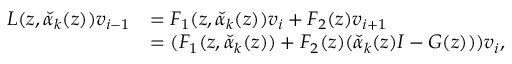
\begin{array} { r l } { L ( z , \check { \alpha } _ { k } ( z ) ) \boldsymbol { v } _ { i - 1 } } & { = F _ { 1 } ( z , \check { \alpha } _ { k } ( z ) ) \boldsymbol { v } _ { i } + F _ { 2 } ( z ) \boldsymbol { v } _ { i + 1 } } \\ & { = ( F _ { 1 } ( z , \check { \alpha } _ { k } ( z ) ) + F _ { 2 } ( z ) ( \check { \alpha } _ { k } ( z ) I - G ( z ) ) ) \boldsymbol { v } _ { i } , } \end{array}